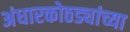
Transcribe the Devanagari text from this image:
अंधारकोठड्यांच्या